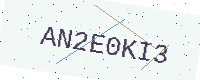
Text: AN2E0KI3